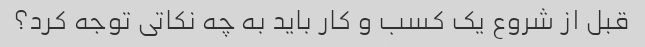
قبل از شروع یک کسب و کار باید به چه نکاتی توجه کرد؟